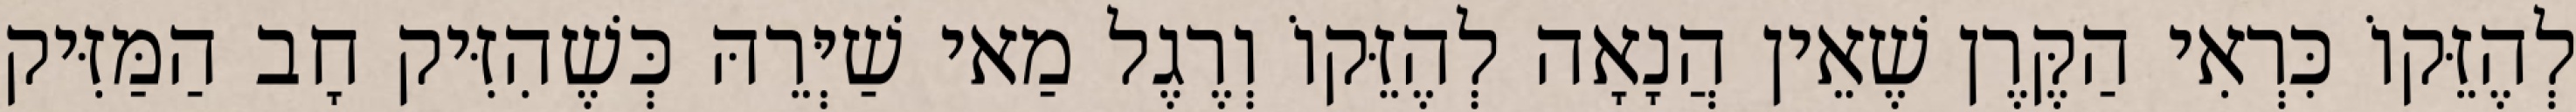
לְהֶזֵּקוֹ כִּרְאִי הַקֶּרֶן שֶׁאֵין הֲנָאָה לְהֶזֵּקוֹ וְרֶגֶל מַאי שַׁיְּרֵהּ כְּשֶׁהִזִּיק חָב הַמַּזִּיק